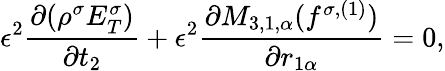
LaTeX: \epsilon^{2}\frac{\partial(\rho^{\sigma}E_{T}^{\sigma})}{\partial t_{2}}+\epsilon^{2}\frac{\partial M_{3,1,\alpha}(f^{\sigma,(1)})}{\partial r_{1\alpha}}=0,